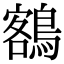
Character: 𪃭